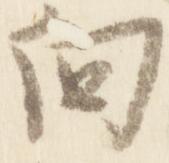
向